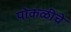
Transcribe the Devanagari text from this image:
पोकळीचे